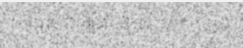
សាងសង់ឡើងដោយ បេកចេ ក្នុង